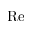
\mathrm { R e }